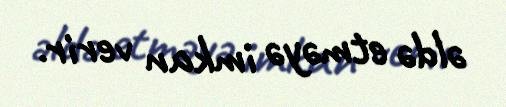
əldə etməyə imkan verir.